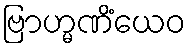
ဗြာဟ္မဏိံယေဝ